Subject: cs
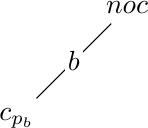
LaTeX code:
\begin{tikzpicture}[z=0.35cm]
\node (000) at (0,0,0) {$c_{p_b}$};
\node (010) at (0,0,4) {$noc$};
\draw (000) -- node[fill=white,inner sep=1pt] {$b$} (010);
\end{tikzpicture}